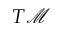
T { \mathcal { M } }